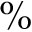
\%